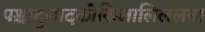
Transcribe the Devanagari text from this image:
पश्चादुन्मदकोकिलालिललना